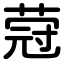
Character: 蒄